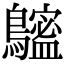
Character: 𪆮